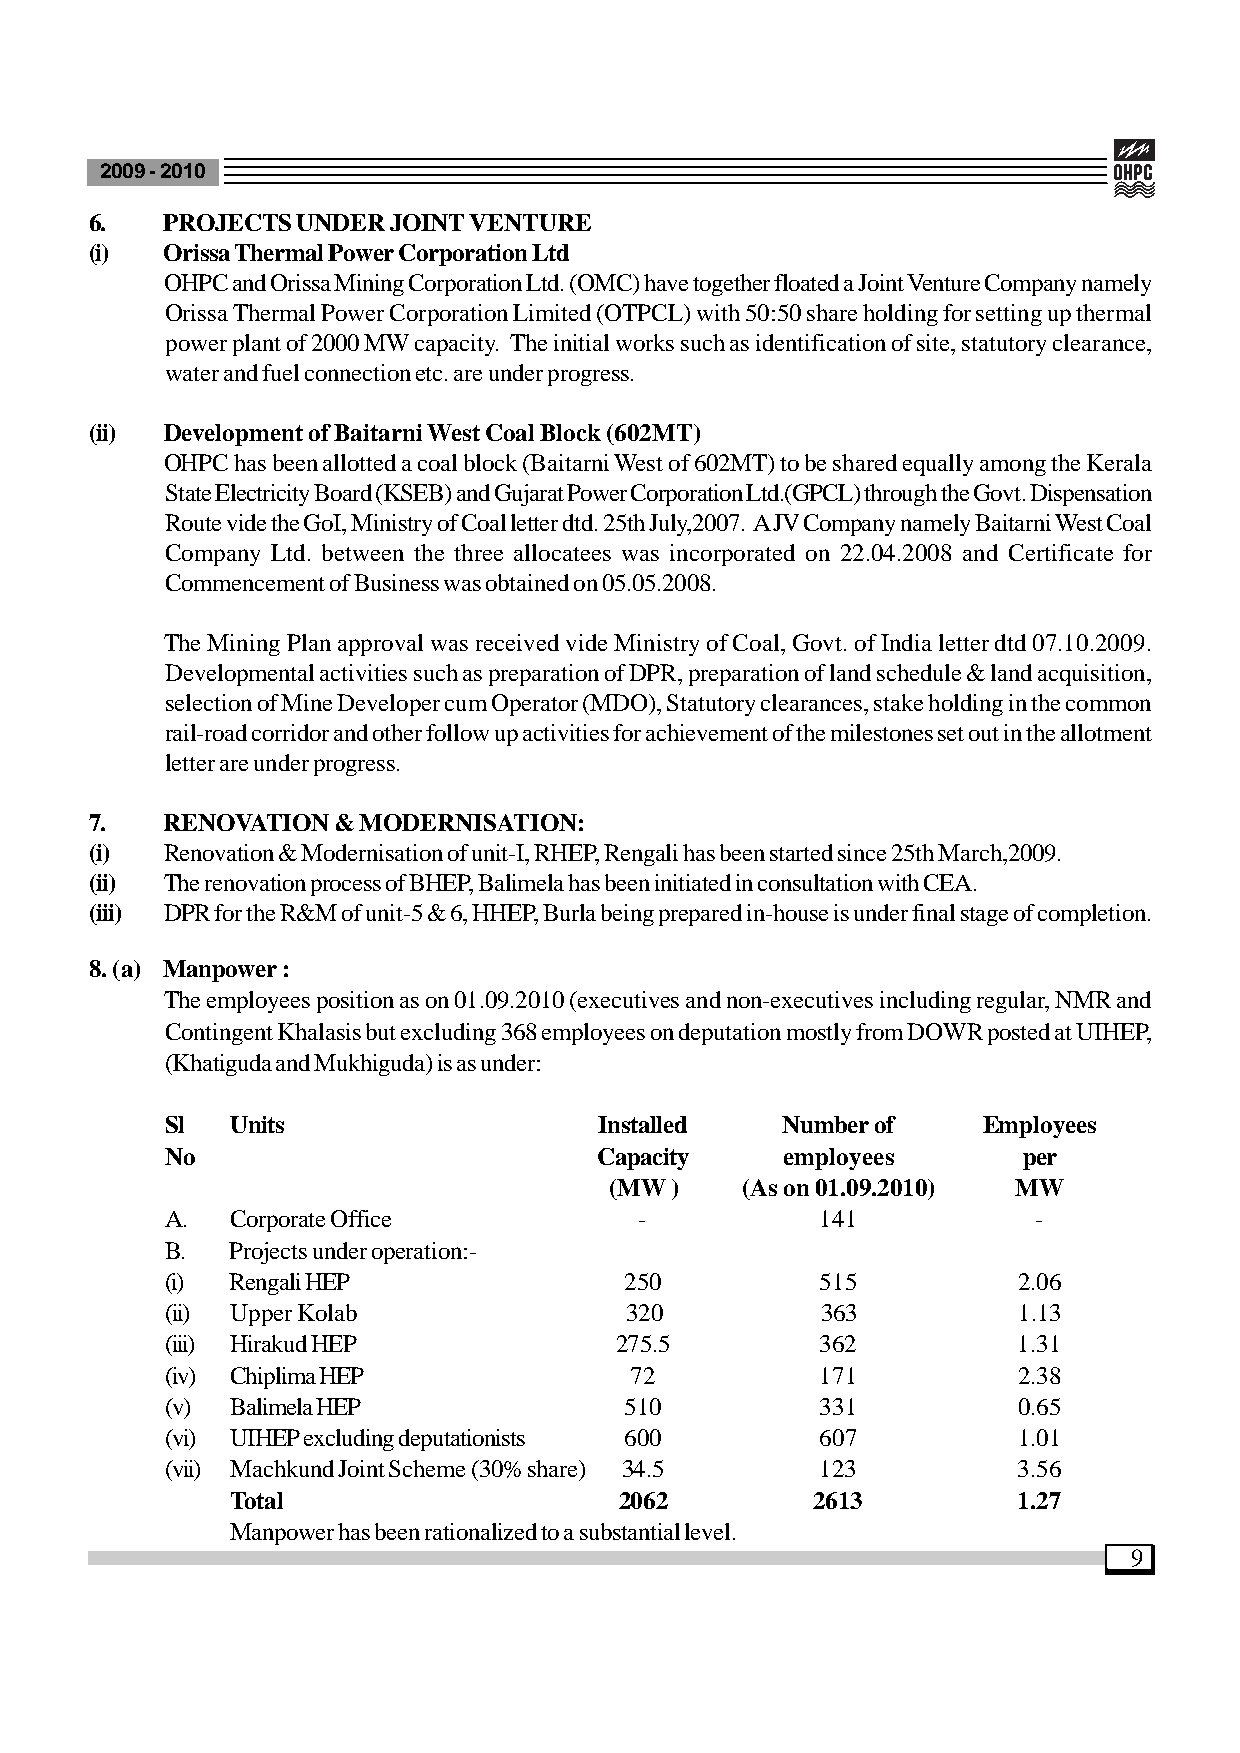
2009 - 2010
 6.   PROJECTS UNDER JOINT VENTURE
 (i)  Orissa Thermal Power Corporation Ltd
 OHPC and Orissa Mining Corporation Ltd. (OMC) have together floated a Joint Venture Company namely
 Orissa Thermal Power Corporation Limited (OTPCL) with 50:50 share holding for setting up thermal
 power plant of 2000 MW capacity. The initial works such as identification of site, statutory clearance,
 water and fuel connection etc. are under progress.
 (ii) Development of Baitarni West Coal Block (602MT)
 OHPC has been allotted a coal block (Baitarni West of 602MT) to be shared equally among the Kerala
 State Electricity Board (KSEB) and Gujarat Power Corporation Ltd.(GPCL) through the Govt. Dispensation
 Route vide the GoI, Ministry of Coal letter dtd. 25th July,2007. A JV Company namely Baitarni West Coal
 Company Ltd. between the three allocatees was incorporated on 22.04.2008 and Certificate for
 Commencement of Business was obtained on 05.05.2008.
 The Mining Plan approval was received vide Ministry of Coal, Govt. of India letter dtd 07.10.2009.
 Developmental activities such as preparation of DPR, preparation of land schedule & land acquisition,
 selection of Mine Developer cum Operator (MDO), Statutory clearances, stake holding in the common
 rail-road corridor and other follow up activities for achievement of the milestones set out in the allotment
 letter are under progress.
 7.   RENOVATION & MODERNISATION:
 (i)  Renovation & Modernisation of unit-I, RHEP, Rengali has been started since 25th March,2009.
 (ii) The renovation process of BHEP, Balimela has been initiated in consultation with CEA.
 (iii) DPR for the R&M of unit-5 & 6, HHEP, Burla being prepared in-house is under final stage of completion.
 8. (a) Manpower :
 The employees position as on 01.09.2010 (executives and non-executives including regular, NMR and
 Contingent Khalasis but excluding 368 employees on deputation mostly from DOWR posted at UIHEP,
 (Khatiguda and Mukhiguda) is as under:
 Sl  Units                    Installed   Number of    Employees
 No                           Capacity    employees       per
 (MW )    (As on 01.09.2010) MW
 A.  Corporate Office           -           141            -
 B.  Projects under operation:-
 (i) Rengali HEP               250          515          2.06
 (ii) Upper Kolab              320          363          1.13
 (iii) Hirakud HEP             275.5        362          1.31
 (iv) Chiplima HEP              72          171          2.38
 (v) Balimela HEP              510          331          0.65
 (vi) UIHEP excluding deputationists 600    607          1.01
 (vii) Machkund Joint Scheme (30% share) 34.5 123        3.56
 Total                     2062         2613         1.27
 Manpower has been rationalized to a substantial level.
 9